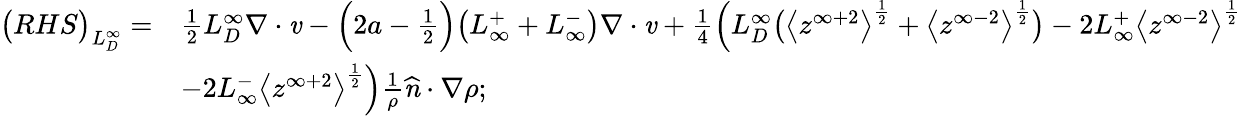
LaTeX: \begin{array}{rl}{\big(RHS\big)_{L_{D}^{\infty}}=}&{\frac{1}{2}L_{D}^{\infty}\mathbf{\nabla}\cdot\textbf{\emph{v}}-\Big(2a-\frac{1}{2}\Big)\big(L_{\infty}^{+}+L_{\infty}^{-}\big)\mathbf{\nabla}\cdot\textbf{\emph{v}}+\frac{1}{4}\Big(L_{D}^{\infty}\big(\big<z^{\infty+2}\big>^{\frac{1}{2}}+\big<z^{\infty-2}\big>^{\frac{1}{2}}\big)-2L_{\infty}^{+}\big<z^{\infty-2}\big>^{\frac{1}{2}}}\\ &{-2L_{\infty}^{-}\big<z^{\infty+2}\big>^{\frac{1}{2}}\Big)\frac{1}{\rho}\textbf{\emph{\^ n}}\cdot\mathbf{\nabla}\rho;}\end{array}